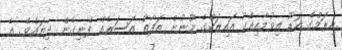
އިރަމްގެ އަޑު އިވުމާއިއެކު އައިޒަކްގެ މޫނުން ތަފާތު އަސަރެއް ފެނިގެން ދިޔައެވެ. އެ